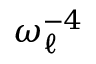
\omega _ { \ell } ^ { - 4 }